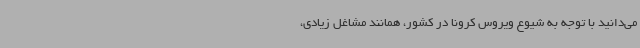
می‌دانید با توجه به شیوع ویروس کرونا در کشور، همانند مشاغل زیادی،